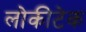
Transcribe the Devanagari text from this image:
लोकीटेक